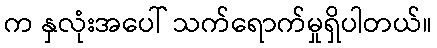
က နှလုံးအပေါ် သက်ရောက်မှုရှိပါတယ်။